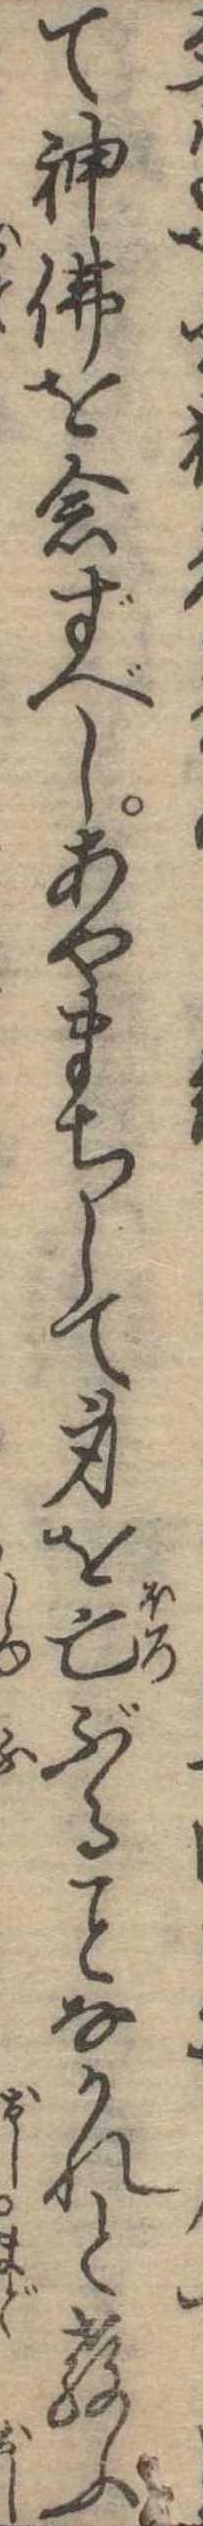
て神仏を念ずべしあやまちして身を亡ぶるなかれと教ふ